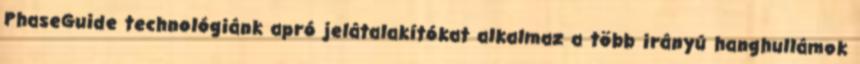
PhaseGuide technológiánk apró jelátalakítókat alkalmaz a több irányú hanghullámok